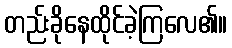
တည်းခိုနေထိုင်ခဲ့ကြလေ၏။